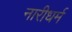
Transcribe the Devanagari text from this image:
नारीधर्म